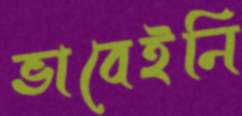
ভাবেইনি